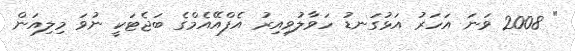
" 2008 ވަނަ އަހަރު އަޅުގަނޑު ހަވާލުވިއިރު އެފްއޭއެމްގެ ބަޖެޓަކީ ނުވަ މިލިއަން